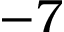
- 7